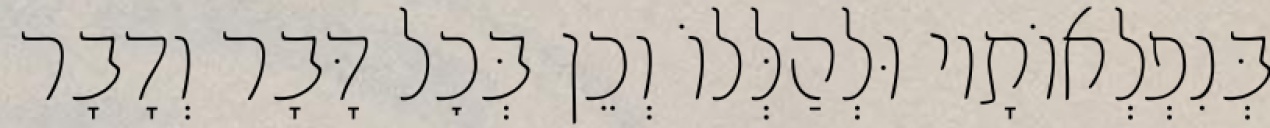
בְּנִפְלְאוֹתָיו וּלְהַלְּלוֹ וְכֵן בְּכׇל דָּבָר וְדָבָר